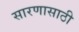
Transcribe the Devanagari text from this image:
सारणासाठी